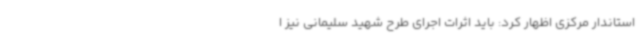
استاندار مرکزی اظهار کرد: باید اثرات اجرای طرح شهید سلیمانی نیز ا